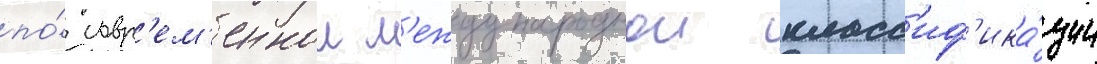
по́ совр'ем'еннои м'еждународнои класс'иф'ика́ции